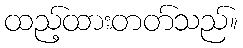
ထည့်ထားတတ်သည်။